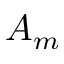
A _ { m }